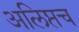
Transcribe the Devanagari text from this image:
अलिप्तच